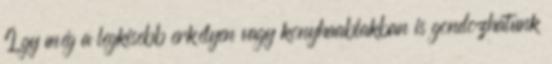
Így még a legkisebb erkélyen vagy konyhaablakban is gondozhatunk